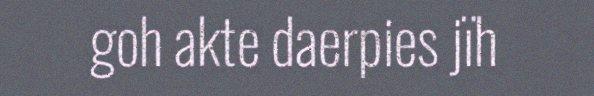
goh akte daerpies jïh